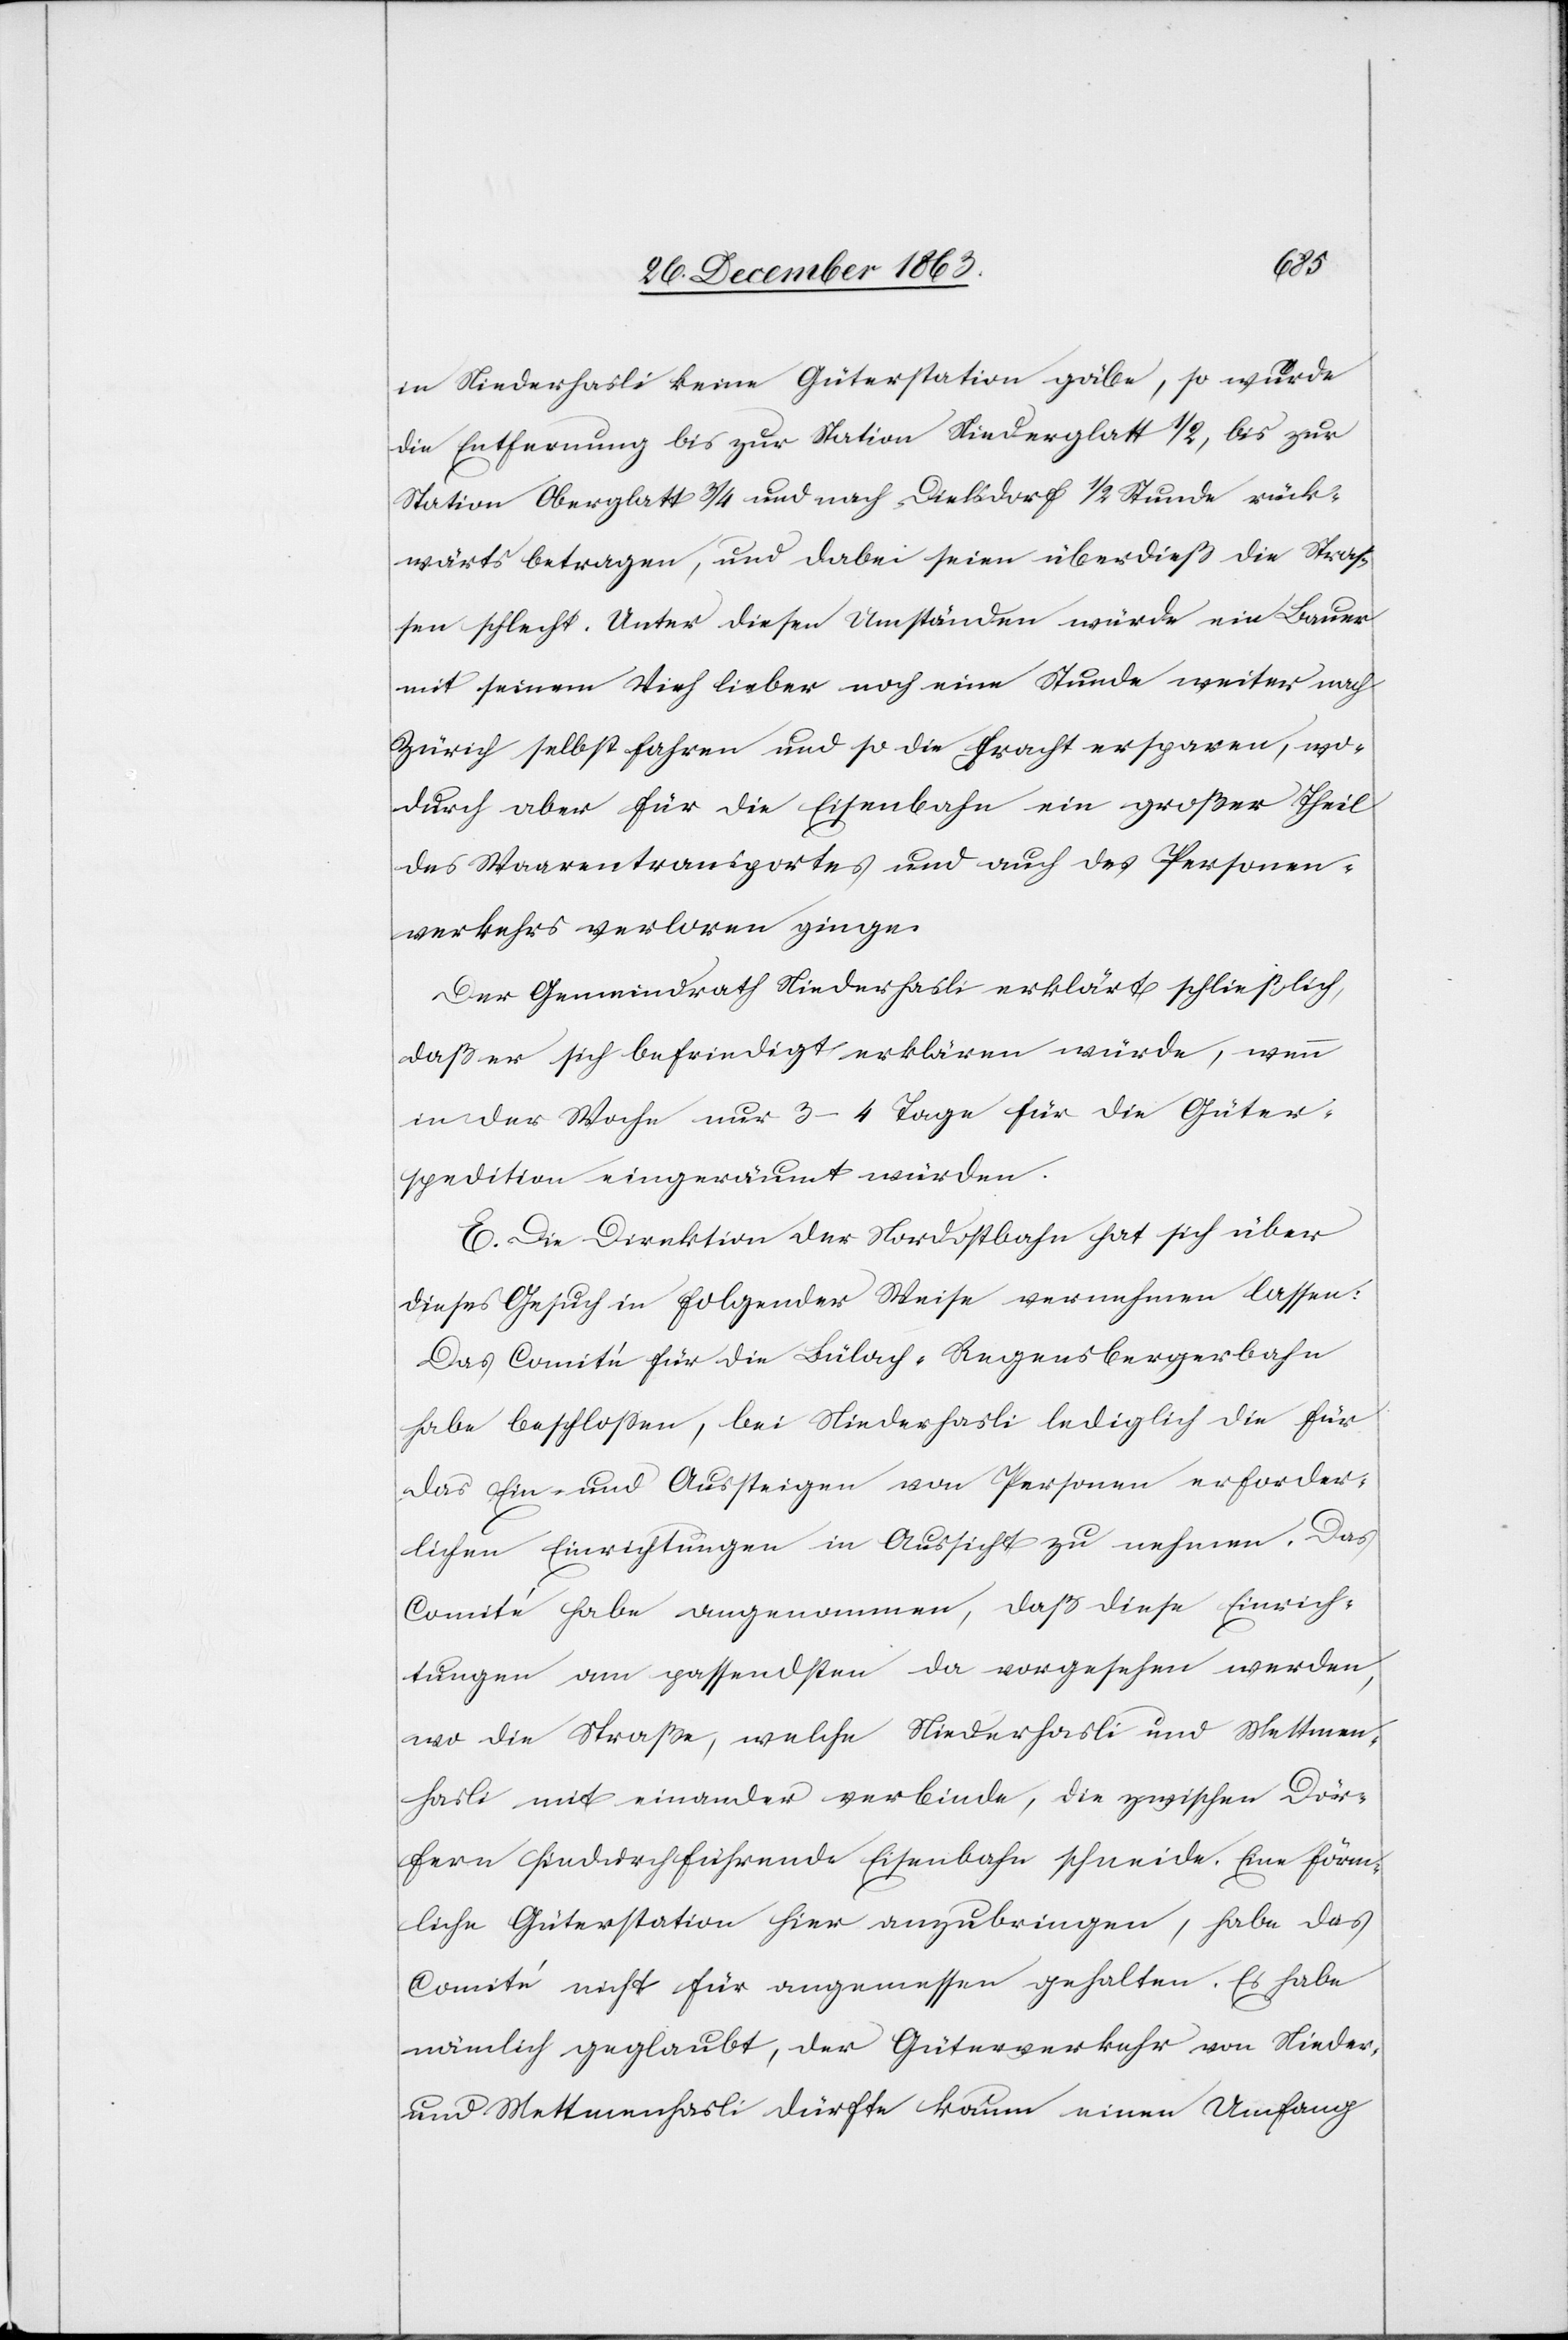
in Niederhasli keine Güterstation gäbe, so würde
die Entfernung bis zur Station Niederglatt 1/2, bis zur
Station Oberglatt 3/4 und nach Dielsdorf 1/2 Stunde rück¬
wärts betragen, und dabei seien überdieß die Straß¬
en schlecht. Unter diesen Umständen würde ein Bauer
mit seinem Vieh lieber noch eine Stunde weiter nach
Zürich selbst fahren und so die Fracht ersparen, wo¬
durch aber für die Eisenbahn ein großer Theil
des Waarentransportes und auch des Personen¬
verkehrs verloren ginge.
Der Gemeindrath Niederhasli erklärt schließlich,
daß er sich befriedigt erklären würde, wenn
in der Woche nur 3–4 Tage für die Güter¬
spedition eingeräumt würden.
E. Die Direktion der Nordostbahn hat sich über
dieses Gesuch in folgender Weise vernehmen lassen:
Das Comité für die Bülach–Regensbergerbahn
habe beschlossen, bei Niederhasli lediglich die für
das Ein- und Aussteigen von Personen erforder¬
lichen Einrichtungen in Aussicht zu nehmen. Das
Comité habe angenommen, daß diese Einrich¬
tungen am passendsten da vorgesehen werden,
wo die Straße, welche Niederhasli und Mettmen¬
hasli mit einander verbinde, die zwischen Dör¬
fern hindurchführende Eisenbahn schneide. Eine förm¬
liche Güterstation hier anzubringen, habe das
Comité nicht für angemessen gehalten. Es habe
nämlich geglaubt, der Güterverkehr von Nieder-
und Mettmenhasli dürfte kaum einen Umfang